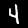
Label: 4